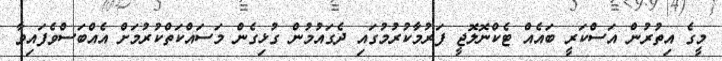
މީގެ އިތުރުން އަސްކަރީ ބައެއް ޓެކްނޮލޮޖީ ފަރުމާކުރުމުގައި ދެގައުމުން ގުޅިގެން މަސައްކަތްކުރުމަށް އެއްބަސްވެފައިވާ